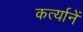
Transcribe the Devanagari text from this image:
कर्त्यानें